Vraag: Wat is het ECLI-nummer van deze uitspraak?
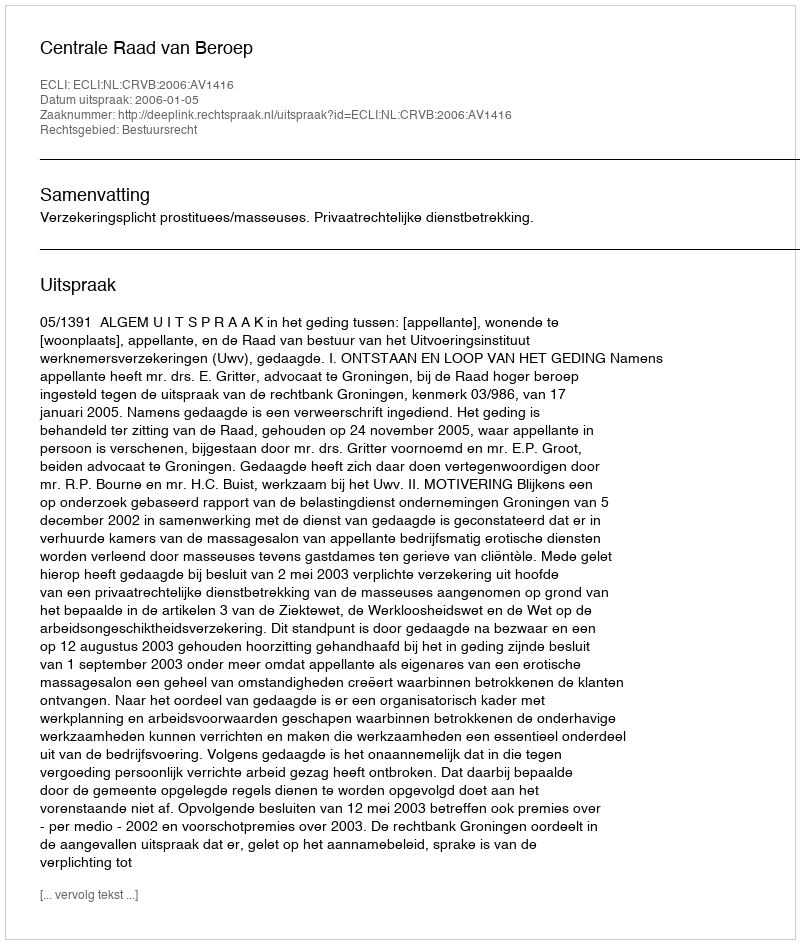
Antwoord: ECLI:NL:CRVB:2006:AV1416